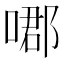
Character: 𠹴